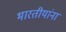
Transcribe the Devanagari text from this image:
भारतीयांंना